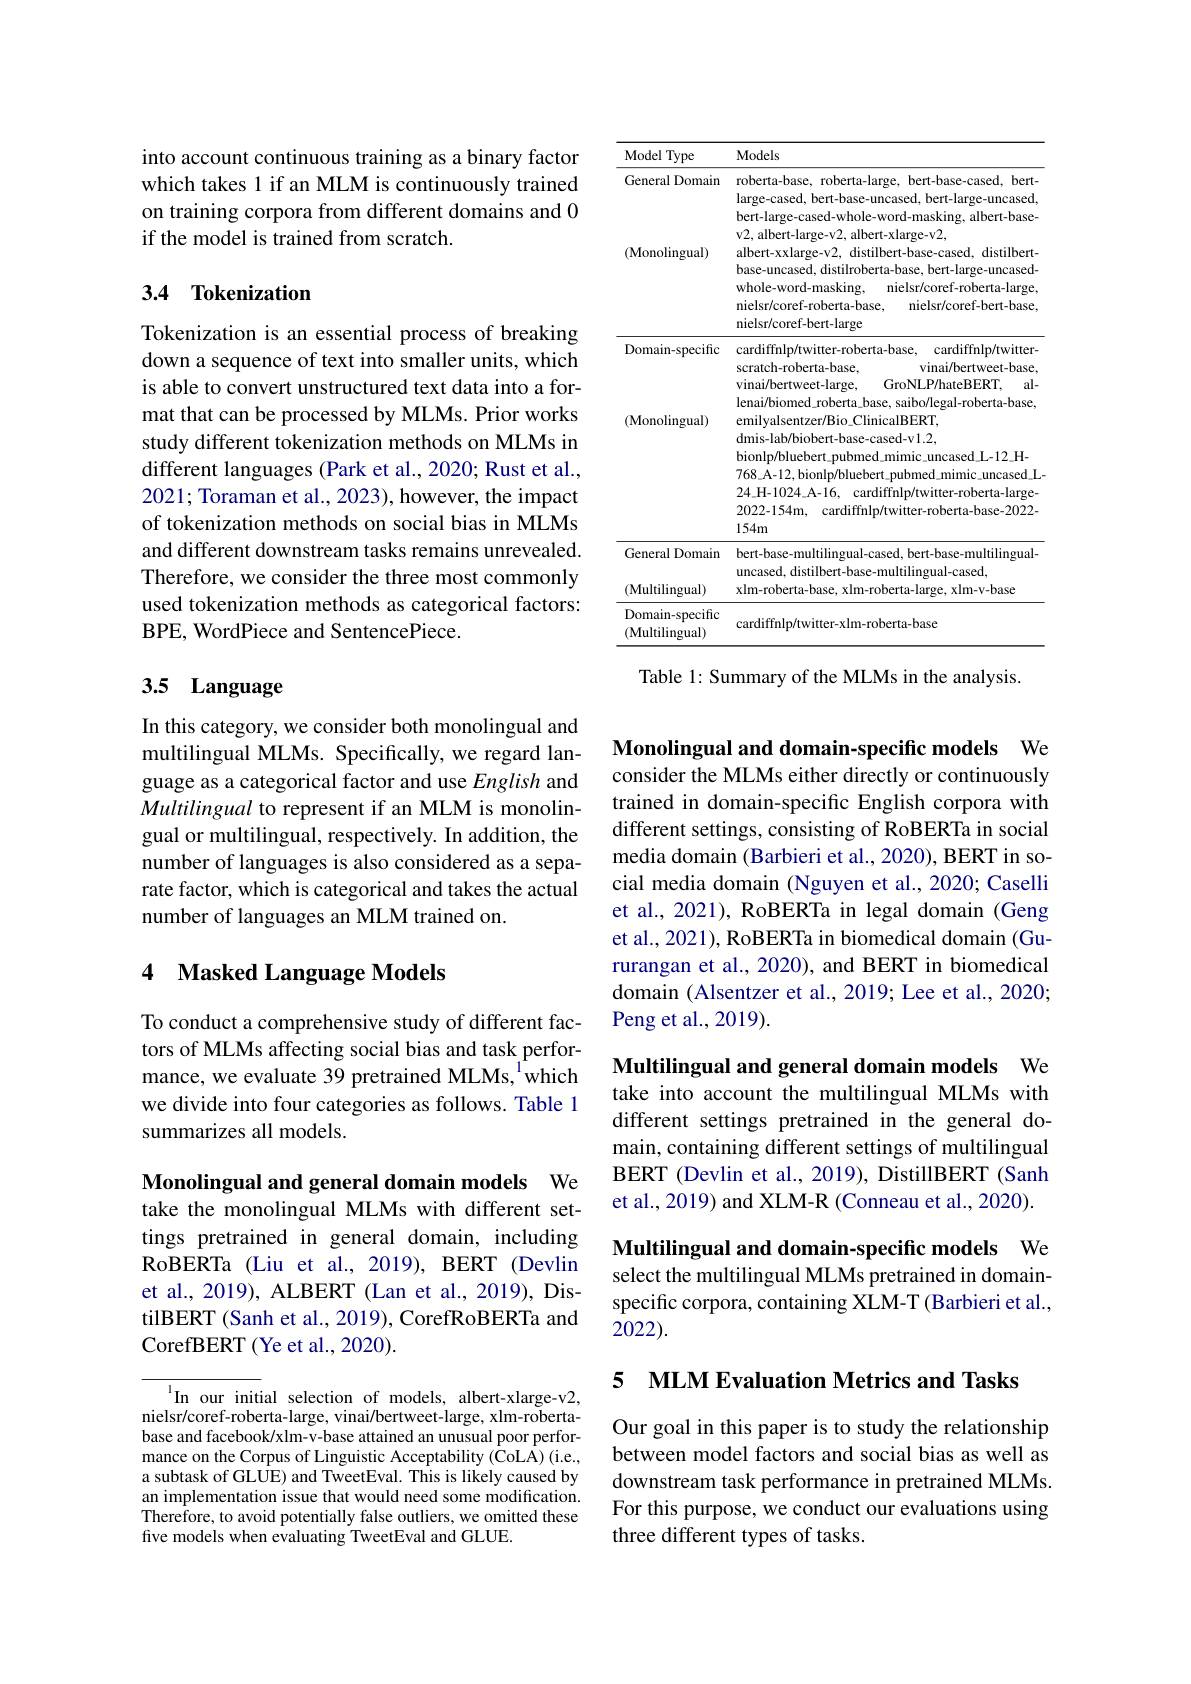
<table>
	<tbody>
		<tr>
			<th>Model 1 Type</th>
			<th>Models</th>
		</tr>
		<tr>
			<td>General Domain</td>
			<td>roberta-base, roberta-large, bert-base-cased, bert- large-cased, bert-base-uncased, bert-large-uncased, bert-large-cased-whole-word-masking, albert-base-</td>
		</tr>
		<tr>
			<td>(Monolingual)</td>
			<td>v2, albert-large-v2, albert-xlarge-v2, albert-xxlarge-v2, distilbert-base-cased, distilbert- base-uncased, distilroberta-base, bert-large-uncased- $whole- word- masking$, r nielsr/coref-roberta-large, nielsr/coref-roberta-base, nielsr/coref-bert-base, nielsr/coref-bert-large</td>
		</tr>
		<tr>
			<td>Domain- specific</td>
			<td>cardiffnlp/twitter-roberta-base, cardiffnlp/twitter- scratch-roberta-base, vinai/bertweet-base, vinai/bertweet-large, GroNLP/hateBERT, al- lenai/biomed\_roberta\_base, saibo/legal-roberta-base</td>
		</tr>
		<tr>
			<td>$({\mathrm{Monolingual}})$</td>
			<td>scratch-roberta-base, vınaı/bertweet-base, vinai/bertweet-large, $GroNLP/ hateBERT$, $al-$ lenai/biomed\_roberta\_base, saibo/legal-roberta-base, emilyalsentzer/Bio\_ClinicalBERT, dmis- lab/ biobert- base- cased- v1. 2, bionlp/bluebert\_pubmed\_mimic\_uncased\_L-12\_H- $768\_$A-12, bionlp/bluebert\_pubmed\_mimic\_uncased\_L. $24\_$H- 1024$\_$A- 16, cardiffnlp/twitter-roberta-large- 2022-154m, cardiffnlp/twitter-roberta-base-2022-</td>
		</tr>
		<tr>
			<td> </td>
			<td>${\mathrm{/b10bert-base-cased-V1.2,}}$ bionlp/bluebert\_pubmed\_mimic\_uncased\_L-12\_H- $768\_$A-12, bionlp/bluebert\_pubmed\_mimic\_uncased\_L $24\_$H- 1024$\_$A- 16, cardiffnlp/twitter-roberta-large- 2022-154m, cardiffnlp/twitter-roberta-base-2022- $154m$</td>
		</tr>
		<tr>
			<td>(Multilingual)</td>
			<td>uncased, distilbert-base-multilingual-cased, $xlm-roberta-base,xlm-roberta-large,xlm-v-base$</td>
		</tr>
		<tr>
			<td>Domain-specific (Multilingual)</td>
			<td>cardiffnlp/twitter-xlm-roberta-base</td>
		</tr>
	</tbody>
</table>
Table 1: Summary of the MLMs in the analysis.

into account continuous training as a binary factor which takes 1 if an MLM is continuously trained on training corpora from different domains and 0 if the model is trained from scratch.

## 3.4 Tokenization

Tokenization is an essential process of breaking down a sequence of text into smaller units, which is able to convert unstructured text data into a format that can be processed by MLMs. Prior works study different tokenization methods on MLMs in different languages (Park et al., 2020; Rust et al., 2021; Toraman et al., 2023), however, the impact of tokenization methods on social bias in MLMs and different downstream tasks remains unrevealed. Therefore, we consider the three most commonly used tokenization methods as categorical factors: BPE, WordPiece and SentencePiece.

# 3.5 Language

In this category, we consider both monolingual and multilingual MLMs. Specifically, we regard language as a categorical factor and use English and Multilingual to represent if an MLM is monolingual or multilingual, respectively. In addition, the number of languages is also considered as a separate factor, which is categorical and takes the actual number of languages an MLM trained on.

## 4 Masked Language Models

To conduct a comprehensive study of different factors of MLMs affecting social bias and task performance, we evaluate 39 pretrained MLMs,$^{1}$which we divide into four categories as follows. Table 1 summarizes all models.

Monolingual and general domain models We

take the monolingual MLMs with different settings pretrained in general domain, including RoBERTa (Liu et al., 2019), BERT (Devlin et al., 2019), ALBERT (Lan et al., 2019), DistilBERT (Sanh et al., 2019), CorefRoBERTa and CorefBERT (Ye et al., 2020).

$^{1}$In our initial selection of models, albert-xlarge-v2, nielsr/coref-roberta-large, vinai/bertweet-large, xlm-robertabase and facebook/xlm-v-base attained an unusual poor performance on the Corpus of Linguistic Acceptability (CoLA) (i.e., a subtask of GLUE) and TweetEval. This is likely caused by an implementation issue that would need some modification. Therefore, to avoid potentially false outliers, we omitted these five models when evaluating TweetEval and GLUE.

Monolingual and domain-specific models We consider the MLMs either directly or continuously trained in domain-specific English corpora with different settings, consisting of RoBERTa in social media domain (Barbieri et al., 2020), BERT in social media domain (Nguyen et al., 2020; Caselli et al., 2021), RoBERTa in legal domain (Geng et al., 2021), RoBERTa in biomedical domain (Gururangan et al., 2020), and BERT in biomedical domain (Alsentzer et al., 2019; Lee et al., 2020; Peng et al., 2019).

Multilingual and general domain models We take into account the multilingual MLMs with different settings pretrained in the general domain, containing different settings of multilingual BERT (Devlin et al., 2019), DistillBERT (Sanh et al., 2019) and XLM-R (Conneau et al., 2020).

Multilingual and domain-specific models We

select the multilingual MLMs pretrained in domainspecific corpora, containing XLM-T (Barbieri et al., 2022).

5 MLM Evaluation Metrics and Tasks

Our goal in this paper is to study the relationship between model factors and social bias as well as downstream task performance in pretrained MLMs. For this purpose, we conduct our evaluations using three different types of tasks.